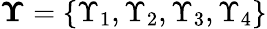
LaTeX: \boldsymbol{\Upsilon}=\left\lbrace\Upsilon_{1},\Upsilon_{2},\Upsilon_{3},\Upsilon_{4}\right\rbrace